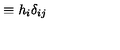
\equiv h _ { i } \delta _ { i j }